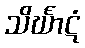
သိင်္ဃာဋံ